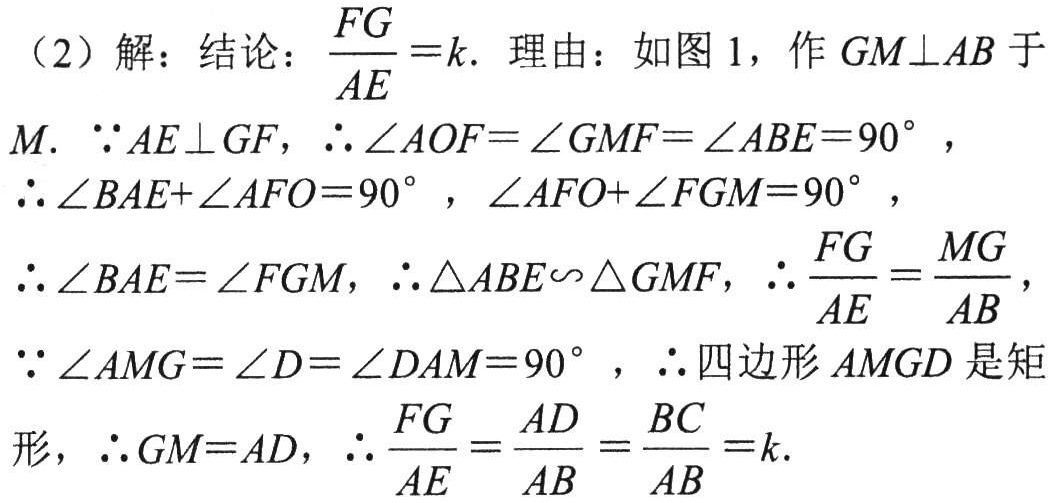
（2）解：结论：\(\frac{FG}{AE}=k\). 理由：如图 1，作 \(GM\perp AB\) 于
\(M\). \(\because AE\perp GF\)，\(\therefore\angle AOF = \angle GMF=\angle ABE = 90^{\circ}\)，
\(\therefore\angle BAE+\angle AFO = 90^{\circ}\)，\(\angle AFO+\angle FGM = 90^{\circ}\)，
\(\therefore\angle BAE=\angle FGM\)，\(\therefore\triangle ABE\backsim\triangle GMF\)，\(\therefore\frac{FG}{AE}=\frac{MG}{AB}\)，
\(\because\angle AMG=\angle D=\angle DAM = 90^{\circ}\)，\(\therefore\)四边形 \(AMGD\) 是矩
形，\(\therefore GM = AD\)，\(\therefore\frac{FG}{AE}=\frac{AD}{AB}=\frac{BC}{AB}=k\).